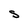
Character: S